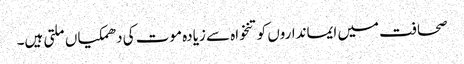
صحافت میں ایمانداروں کو تنخواہ سے زیادہ موت کی دھمکیاں ملتی ہیں۔